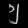
Digit: ၅